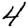
Digit: 4